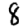
Digit: 8